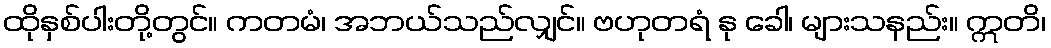
ထိုနှစ်ပါးတို့တွင်။ ကတမံ၊ အဘယ်သည်လျှင်။ ဗဟုတရံ နု ခေါ၊ များသနည်း။ ဣတိ၊